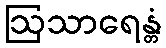
ဩသာရေန္တံ